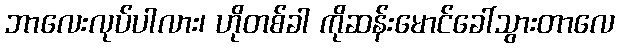
ဘာလေးလုပ်ပါလား၊ ဟိုတစ်ခါ ကိုဆန်းမောင်ခေါ်သွားတာလေ